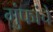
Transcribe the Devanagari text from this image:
गुंफांचे